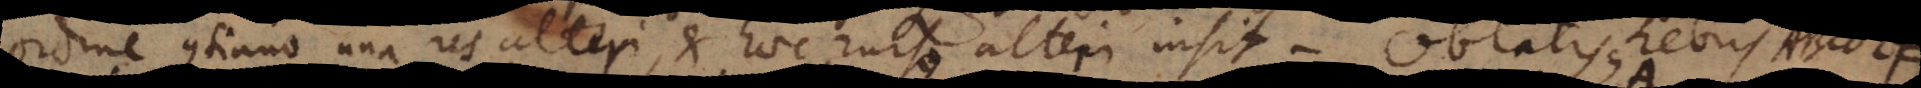
ordine continuo una res alteri, et haec rursus alteri insit. Oblatis rebus ut